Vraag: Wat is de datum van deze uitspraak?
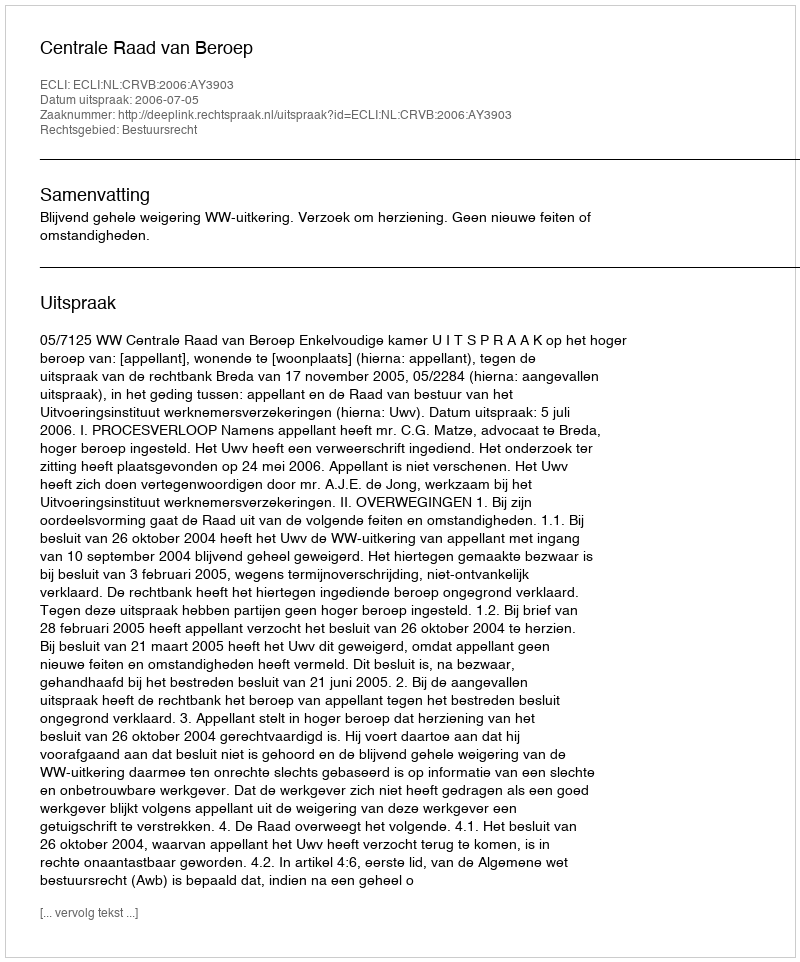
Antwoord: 2006-07-05